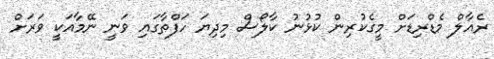
ރެއާލް މެޑްރިޑަށް މީގެކުރިން ކުޅުނު ކާލޯސް މިދިޔަ ހަފްތާގައި ވަނީ ނޭމާއަކީ ވަރަށް